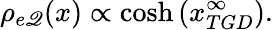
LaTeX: \rho_{e\mathscr{Q}}(x)\propto\cosh\left(x_{TGD}^{\infty}\right).